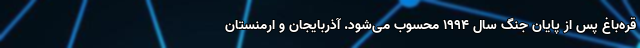
قره‌باغ پس از پایان جنگ سال 1994 محسوب می‌شود. آذربایجان و ارمنستان